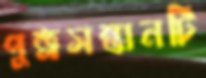
পুত্রসন্তানটি